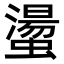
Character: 𧑘